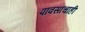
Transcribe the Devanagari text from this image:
पावसाचाही